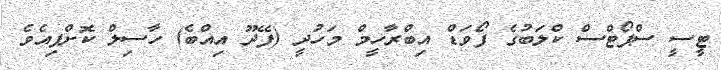
ޓީސީ ސްޕޯޓްސް ކްލަބުގެ ފޯވަޑް އިބްރާހީމް މަހުދީ (ފޭދޫ އިއްބެ) ހާސިލް ކޮށްފިއެވެ